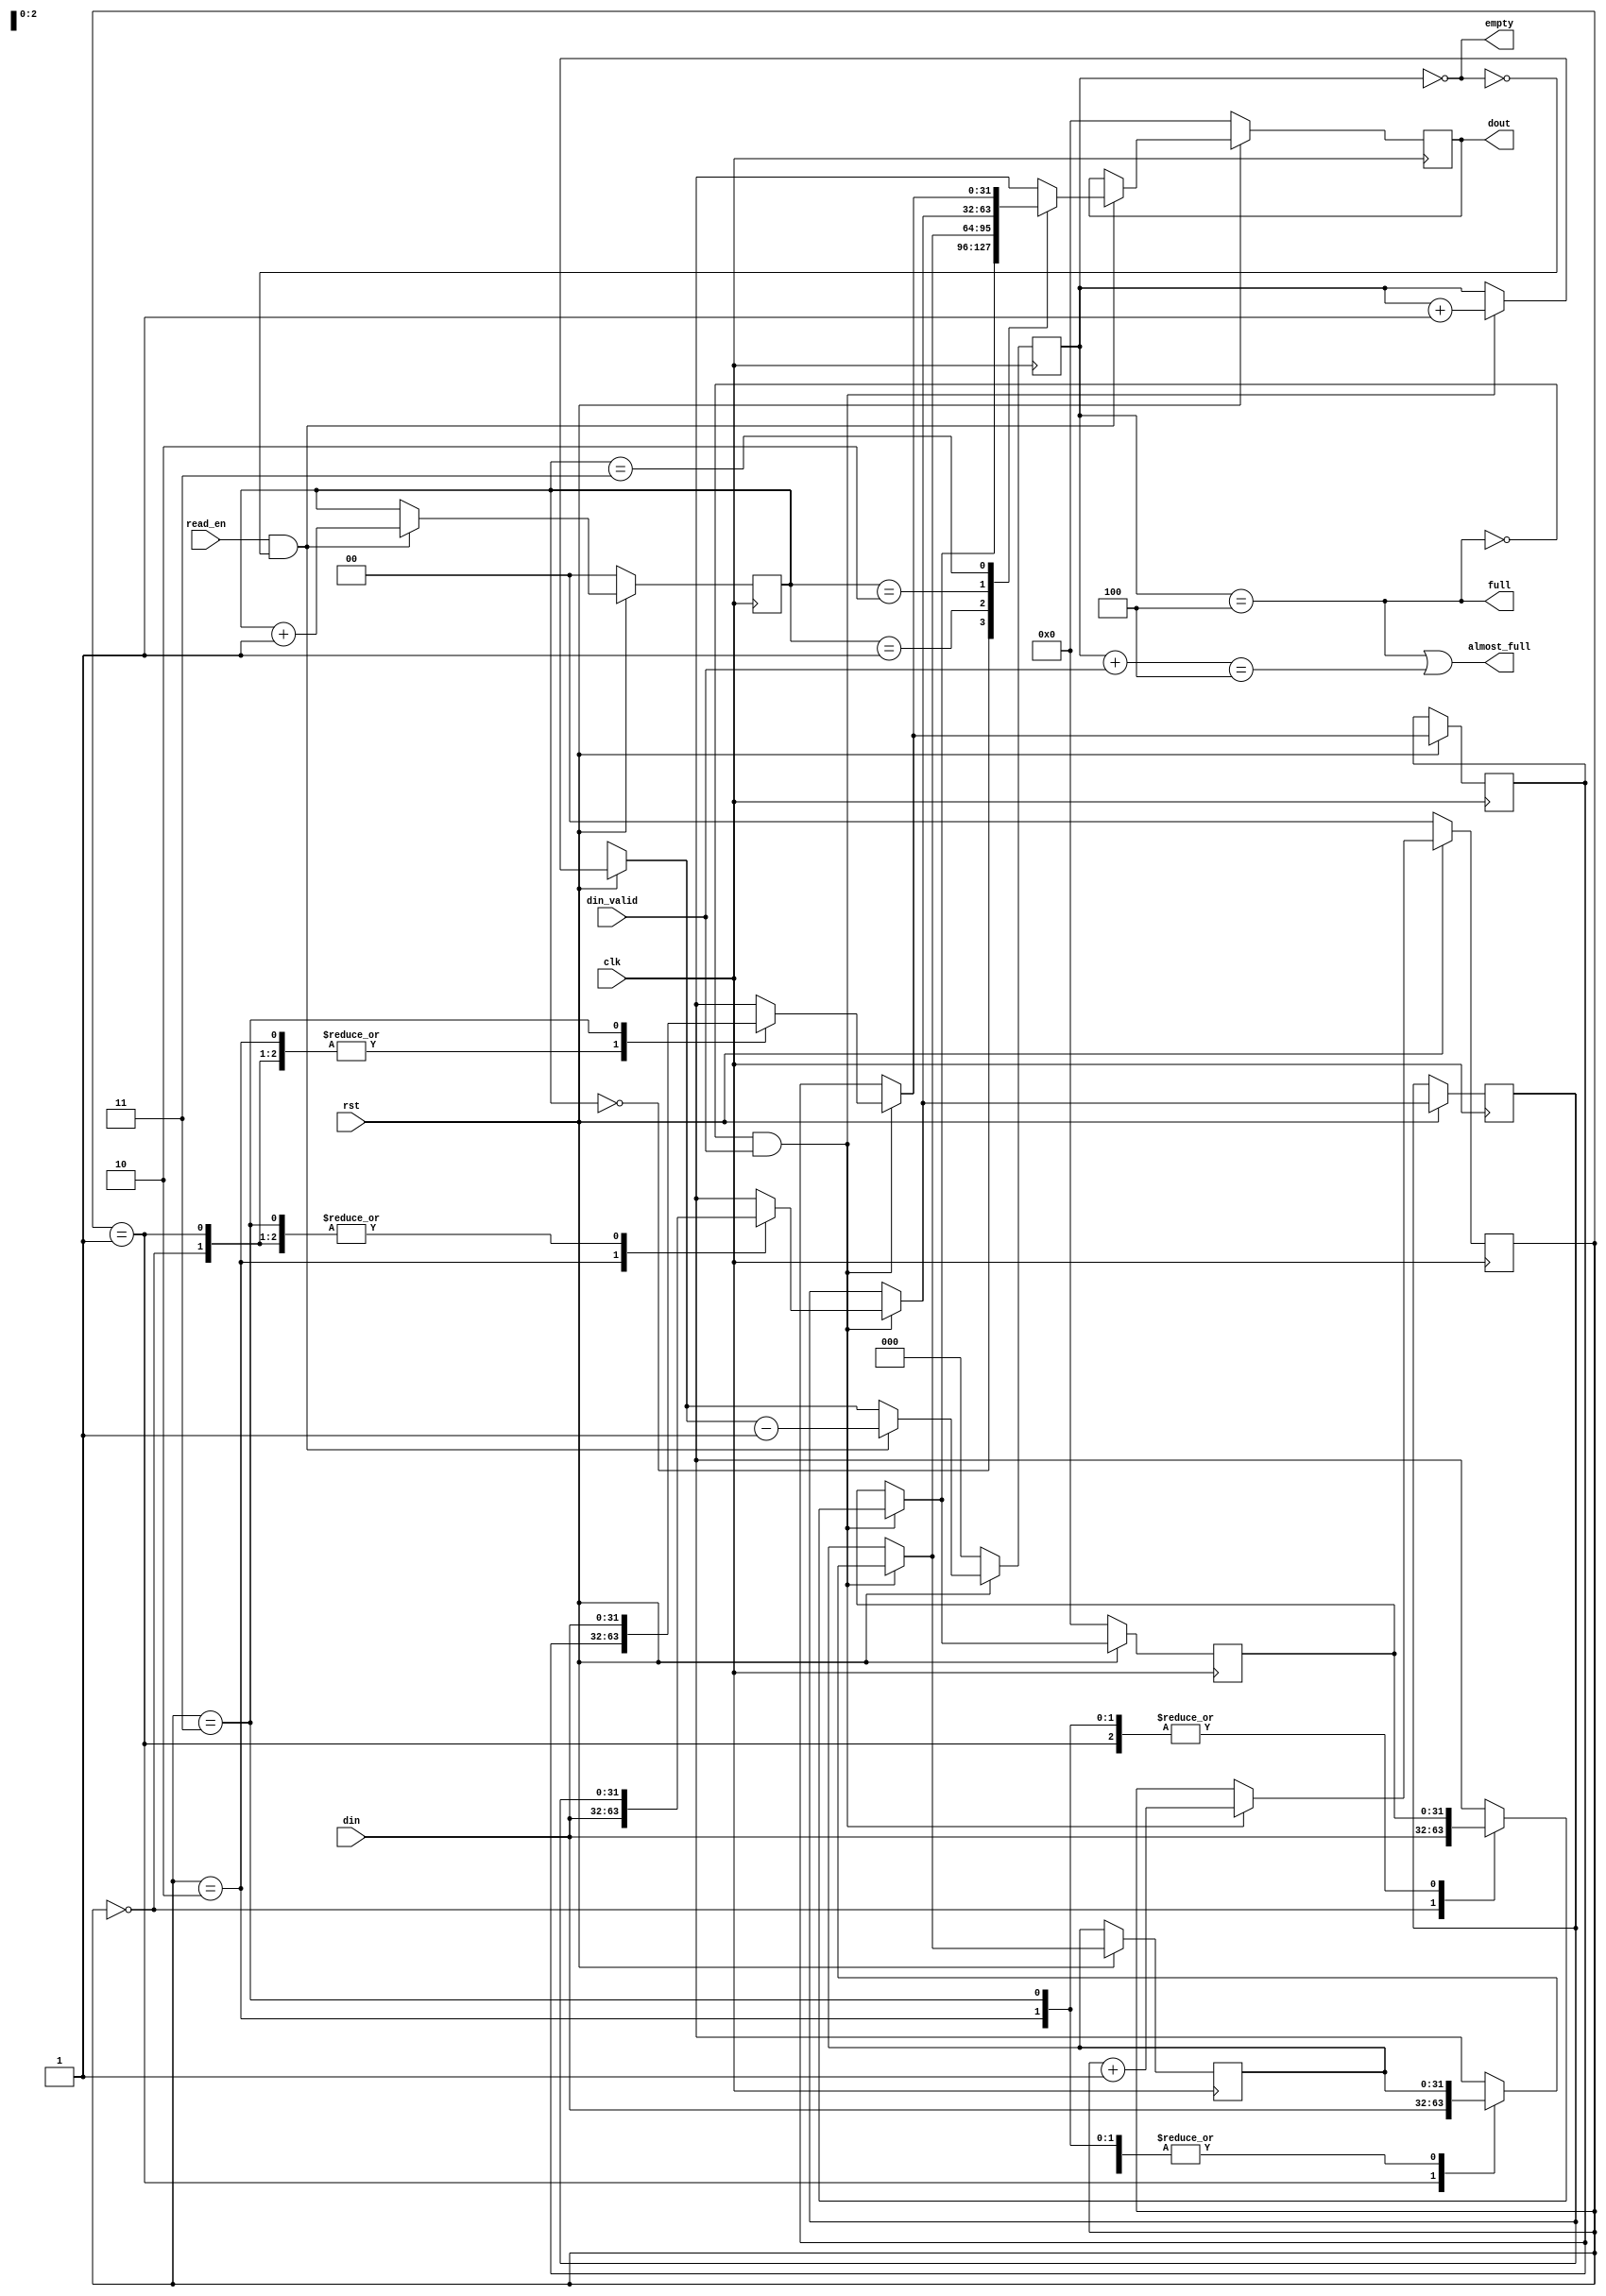
`timescale 1ns / 1ps
//////////////////////////////////////////////////////////////////////////////////
// buffer.v
//
// A simple buffer.
// Reads and writes are synchronous
// Reset is synchronous active low.
//
// NOTE: BUFFER_DEPTH has to be a power of 2 
// (Don't forget 1 is also a power of 2 :-) ).
//////////////////////////////////////////////////////////////////////////////////


module fifo_buffer
#(
    parameter DATA_WIDTH = 32,
    parameter BUFFER_DEPTH = 4,
    parameter TYPE = 0,
    parameter DEBUG = 0 // logging will be enabled if DEBUG is non-zero.
)(
    input clk,
    input rst,
    input [DATA_WIDTH-1:0] din,
    input din_valid,
    input read_en,
    output [DATA_WIDTH-1:0] dout,
    output empty,
    output full,
    output almost_full
);
    
    localparam BUFFER_WIDTH = $clog2(BUFFER_DEPTH);

    /* 
    If BUFFER_DEPTH is 1 the logic needs to be different
    as read_pointer / write_pointer should not be used. Using
    generate statement to correctly generate logic 
    */
    generate
        if (BUFFER_DEPTH != 1) begin
            reg [DATA_WIDTH-1:0] data [BUFFER_DEPTH-1:0];
            reg [BUFFER_WIDTH-1:0] read_pointer, write_pointer;
            reg [BUFFER_WIDTH:0] status_counter;
            reg [DATA_WIDTH-1:0] output_data;
            
            assign empty = status_counter == 0;
            assign full = status_counter == BUFFER_DEPTH;
            assign almost_full = full || ((status_counter + din_valid) == BUFFER_DEPTH);
            assign dout = output_data;

            always@(posedge clk) begin
                if (!rst) begin
                    data[0] <= 0;
                    read_pointer <= 0;
                    write_pointer <= 0;
                    status_counter <= 0;
                    output_data <= 0;
                end
                else begin
                    if (!full && din_valid) begin
                        data[write_pointer] = din;
                        write_pointer = write_pointer + 1;
                        status_counter = status_counter + 1;
                        if (DEBUG) begin
                            if (TYPE == 0) begin
                                $display ("[RTL][buffer] wrote %d, size %d", din, status_counter);
                            end
                            else if (TYPE == 1) begin
                                $display ("[RTL][spikehard_controller][in_packet][buffer] wrote %d, size %d", din, status_counter);
                            end
                            else if (TYPE == 2) begin
                                $display ("[RTL][spikehard_controller][out_packet][buffer] wrote %d, size %d", din, status_counter);
                            end
                        end // DEBUG
                    end
                    if (read_en && !empty) begin
                        output_data = data[read_pointer];
                        read_pointer = read_pointer + 1;
                        status_counter = status_counter - 1;
                        if (DEBUG) begin
                            if (TYPE == 0) begin
                                $display ("[RTL][buffer] read %d, size %d", output_data, status_counter);
                            end
                            else if (TYPE == 1) begin
                                $display ("[RTL][spikehard_controller][in_packet][buffer] read %d, size %d", output_data, status_counter);
                            end
                            else if (TYPE == 2) begin
                                $display ("[RTL][spikehard_controller][out_packet][buffer] read %d, size %d", output_data, status_counter);
                            end
                        end // DEBUG
                    end
                end
            end
        end
        else begin
            reg [DATA_WIDTH-1:0] data;
            reg status_counter;
            reg [DATA_WIDTH-1:0] output_data;
            
            assign empty = status_counter == 0;
            assign full = status_counter == BUFFER_DEPTH;
            assign dout = output_data;

            always@(posedge clk) begin
                if (!rst) begin
                    data <= 0;
                    status_counter <= 0;
                    output_data <= 0;
                end
                else begin
                    if (!full && din_valid) begin
                        data = din;
                        status_counter = status_counter + 1;
                    end
                    if (read_en && !empty) begin
                        output_data = data;
                        status_counter = status_counter - 1;
                    end
                end
            end
        end
    endgenerate

endmodule